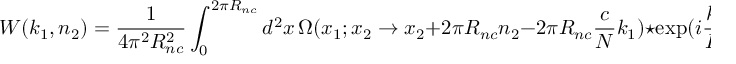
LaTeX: W ( k _ { 1 } , n _ { 2 } ) = \frac { 1 } { 4 \pi ^ { 2 } R _ { n c } ^ { 2 } } \int _ { 0 } ^ { 2 \pi R _ { n c } } d ^ { 2 } x \, \Omega ( x _ { 1 } ; x _ { 2 } \to x _ { 2 } + 2 \pi R _ { n c } n _ { 2 } - 2 \pi R _ { n c } \frac { c } { N } k _ { 1 } ) \star \exp ( i \frac { k _ { 1 } x } { R _ { n c } } ) .